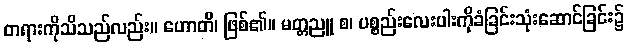
တရားကိုသိသည်လည်း။ ဟောတိ၊ ဖြစ်၏။ မတ္တညူ စ၊ ပစ္စည်းလေးပါးကိုခံခြင်းသုံးဆောင်ခြင်း၌